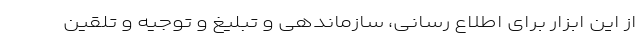
از این ابزار برای اطلاع رسانی، سازماندهی و تبلیغ و توجیه و تلقین